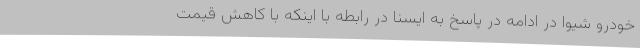
خودرو شیوا در ادامه در پاسخ به ایسنا در رابطه با اینکه با کاهش قیمت